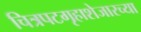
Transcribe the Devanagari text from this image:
चित्रपटगृहाशेजारच्या